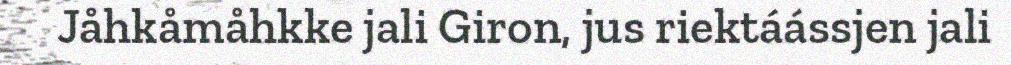
Jåhkåmåhkke jali Giron, jus riektáássjen jali